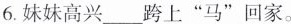
6.妹妹高兴___跨上”马”回家。